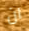
ان